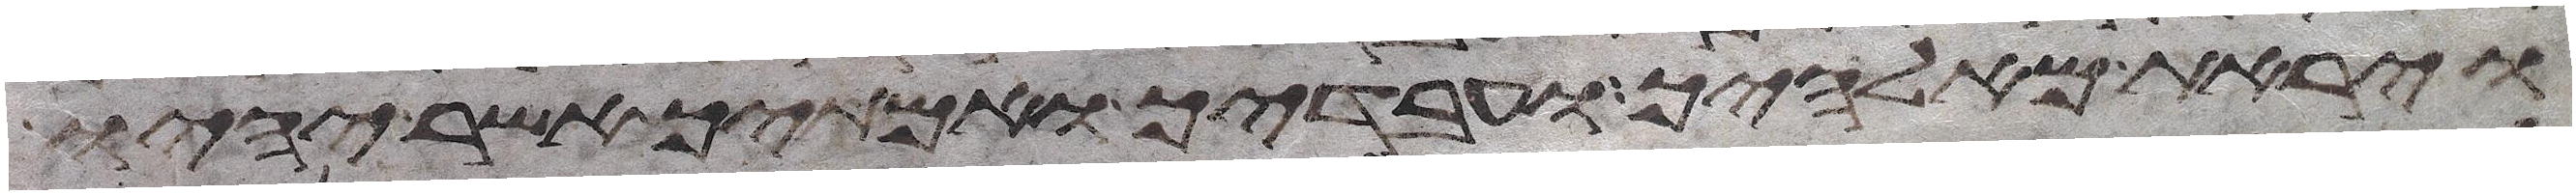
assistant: ויראת מאלהיך ועבדיך ואמתיך אשר יהיו